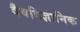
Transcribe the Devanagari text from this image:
वैवविज्ञानिक